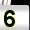
Digit: 5